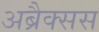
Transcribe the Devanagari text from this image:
अब्रैक्सस